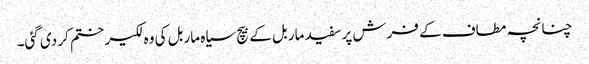
چنانچہ مطاف کے فرش پر سفید ماربل کے بیچ سیاہ ماربل کی وہ لکیر ختم کر دی گئی۔